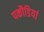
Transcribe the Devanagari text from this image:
पकौडियां